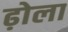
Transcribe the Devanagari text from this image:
ढ़ोला